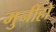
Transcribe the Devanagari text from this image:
मुनीहो